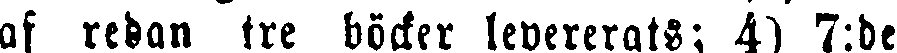
af redan tre böcker levererats; 4) 7:de